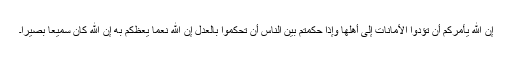
إِنَّ اللّهَ يَأْمُرُكُمْ أَن تُؤدُّواْ الأَمَانَاتِ إِلَى أَهْلِهَا وَإِذَا حَكَمْتُم بَيْنَ النَّاسِ أَن تَحْكُمُواْ بِالْعَدْلِ إِنَّ اللّهَ نِعِمَّا يَعِظُكُم بِهِ إِنَّ اللّهَ كَانَ سَمِيعًا بَصِيرًا۔